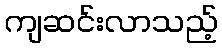
ကျဆင်းလာသည့်